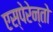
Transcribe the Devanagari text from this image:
एस्पेरेन्तो